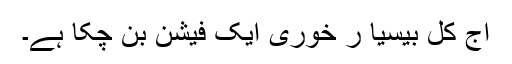
آج کل بیسیا ر خوری ایک فیشن بن چکا ہے۔